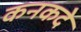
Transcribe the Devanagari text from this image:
कनकदे